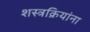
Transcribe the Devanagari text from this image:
शस्त्रक्रियांना